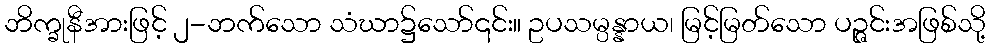
ဘိက္ခုနီအားဖြင့် ၂-ဘက်သော သံဃာ၌သော်၎င်း။ ဥပသမ္ပန္နာယ၊ မြင့်မြတ်သော ပဉ္ဇင်းအဖြစ်သို့